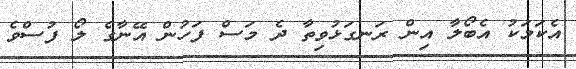
އެކަމަކު އެބޯލާ އިން ރަނގަޅުވިތާ ދެ މަސް ފަހުން އޭނާގެ ލޯ ފުސްވެ